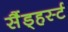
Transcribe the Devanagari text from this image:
सैंड्हर्स्ट